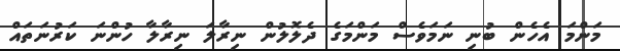
މަންމަ އެހެން ބުނި ނަމަވެސް މަންމަގެ ދެލޮލުން ނިރާލަ ނިރާލާ ހުންނަ ކަރުނަތައް